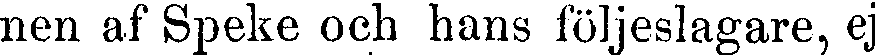
nen af Speke och hans följeslagare, ej